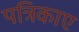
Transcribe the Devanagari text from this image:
पत्रिकाए